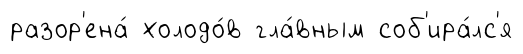
разор'ена́ холодо́в гла́вным соб'ира́лс'я